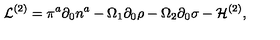
{ \cal L } ^ { ( 2 ) } = \pi ^ { a } \partial _ { 0 } { n } ^ { a } - \Omega _ { 1 } \partial _ { 0 } { \rho } - \Omega _ { 2 } \partial _ { 0 } { \sigma } - { \cal H } ^ { ( 2 ) } ,